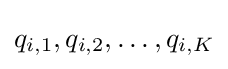
q_{i,1},q_{i,2},\dots ,q_{i,K}